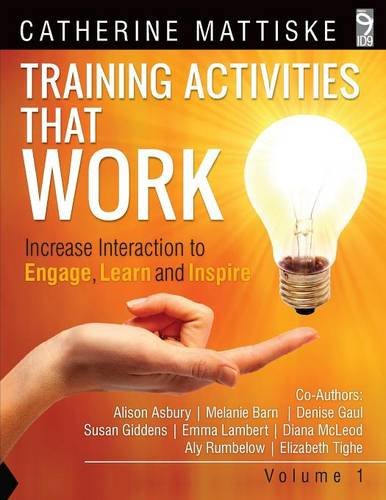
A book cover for Training Activities That Work Volume 1; Catherine Mattiske; Education & Teaching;